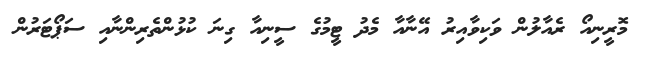
މޮރީނިއޯ ރެއާލުން ވަކިވާއިރު އޭނާއާ މެދު ޓީމުގެ ސީނިއާ ގިނަ ކުޅުންތެރިންނާއި ސަޕޯޓަރުން